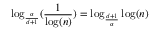
\log _ { \frac { \alpha } { d + 1 } } ( \frac { 1 } { \log ( n ) } ) = \log _ { \frac { d + 1 } { \alpha } } \log ( n )